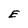
Character: E